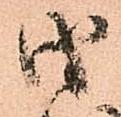
油